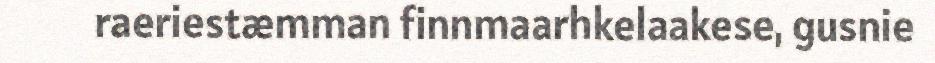
raeriestæmman finnmaarhkelaakese, gusnie